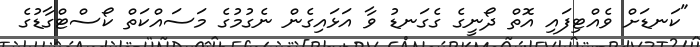
"ކަނޑަށް ވެއްޓިފައި އޮތް ދޯނީގެ ގެގަނޑު ވާ އަޅައިގެން ނެގުމުގެ މަސައްކަތް ކޯސްޓްގާޑުގެ